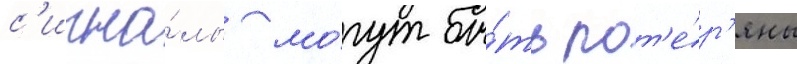
с'игна́лы мо́гут бы́ть пот'е́р'яны